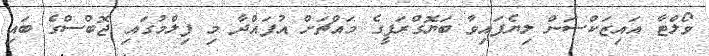
ވޯލްޓާ އައިޒަކްސަން ލިޔެފައިވާ ބަޔޮގްރަފީގެ މައްޗަށް އުފައްދާ މި ފިލްމުގައި ޖޮބްސްގެ ބައި